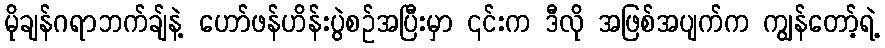
မိုချန်ဂရာဘက်ချ်နဲ့ ဟော်ဖန်ဟိန်းပွဲစဉ်အပြီးမှာ ၎င်းက ဒီလို အဖြစ်အပျက်က ကျွန်တော့်ရဲ့